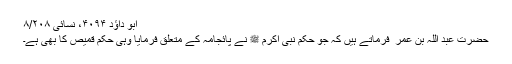
ابو داؤد ۴۰۹۴، نسائی ۸/۲۰۸
حضرت عبد اللہ بن عمر ؓ فرماتے ہیں کہ جو حکم نبی اکرم ﷺ نے پائجامہ کے متعلق فرمایا وہی حکم قمیص کا بھی ہے۔